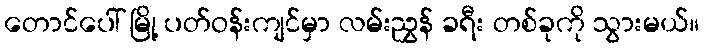
တောင်ပေါ် မြို့ ပတ်ဝန်းကျင်မှာ လမ်းညွှန် ခရီး တစ်ခုကို သွားမယ်။